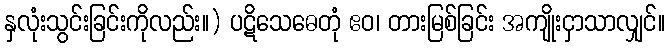
နှလုံးသွင်းခြင်းကိုလည်း။) ပဋိသေဓေတုံ ဧဝ၊ တားမြစ်ခြင်း အကျိုးငှာသာလျှင်။